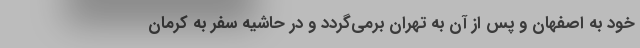
خود به اصفهان و پس از آن به تهران برمی‌گردد و در حاشیه سفر به کرمان